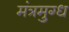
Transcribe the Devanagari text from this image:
मंत्रमुग्‍ध